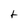
Character: f